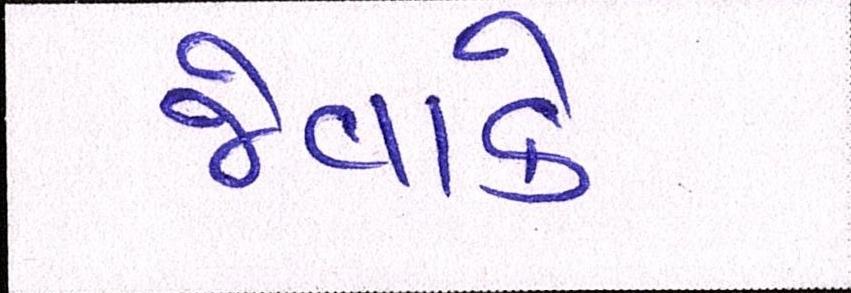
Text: જેવાકે